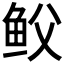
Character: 𩽻